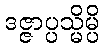
ဒဇ္ဇာပ္ပသ္မိမ္ပိ